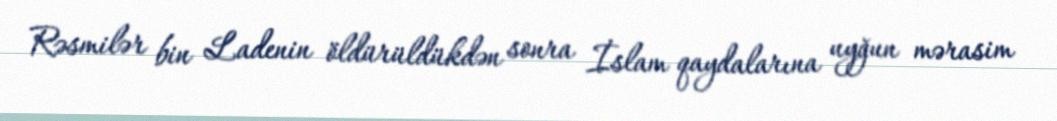
Rəsmilər bin Ladenin öldürüldükdən sonra İslam qaydalarına uyğun mərasim